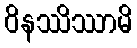
ဝိနဿိဿာမိ